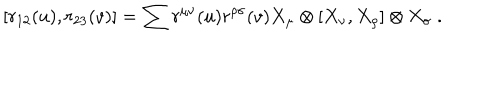
[ r _ { 1 2 } ( u ) , r _ { 2 3 } ( v ) ] = \sum r ^ { \mu \nu } ( u ) r ^ { \rho \sigma } ( v ) X _ { \mu } \otimes [ X _ { \nu } , X _ { \rho } ] \otimes X _ { \sigma } ~ .